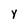
Character: y